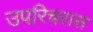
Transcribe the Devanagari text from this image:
उपरिचरास